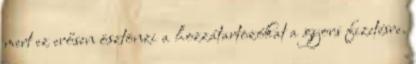
mert ez erősen ösztönzi a hozzátartozókat a gyors fizetésre.